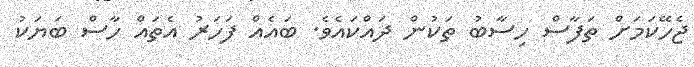
ޖެހޭކަމަށް ތަފާސް ހިސާބު ތަކުން ދައްކައެވެ. ބައެއް ފަހަރު އެތައް ހާސް ބަޔަކު